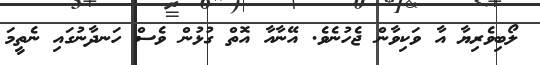
ލޯބިވެރިޔާ އާ ވަކިވާން ޖެހުނެވެ. އޭނާއާ އޮތް ގުޅުން ވެސް ހަނދާނުގައި ނެތީމަ